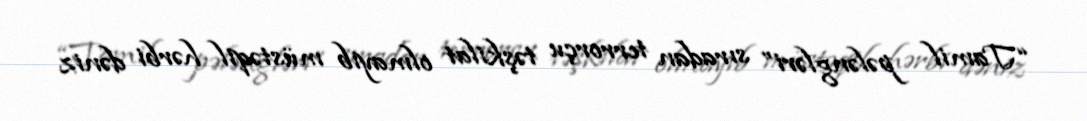
“Tamil pələngləri” sıradan terrorçu təşkilat olmayıb müstəqil hərbi dəniz